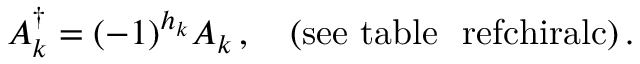
A _ { k } ^ { \dagger } = ( - 1 ) ^ { h _ { k } } A _ { k } \, , \quad \mathrm { ( s e e ~ t a b l e ~ \ r e f { c h i r a l c } ) } \, .